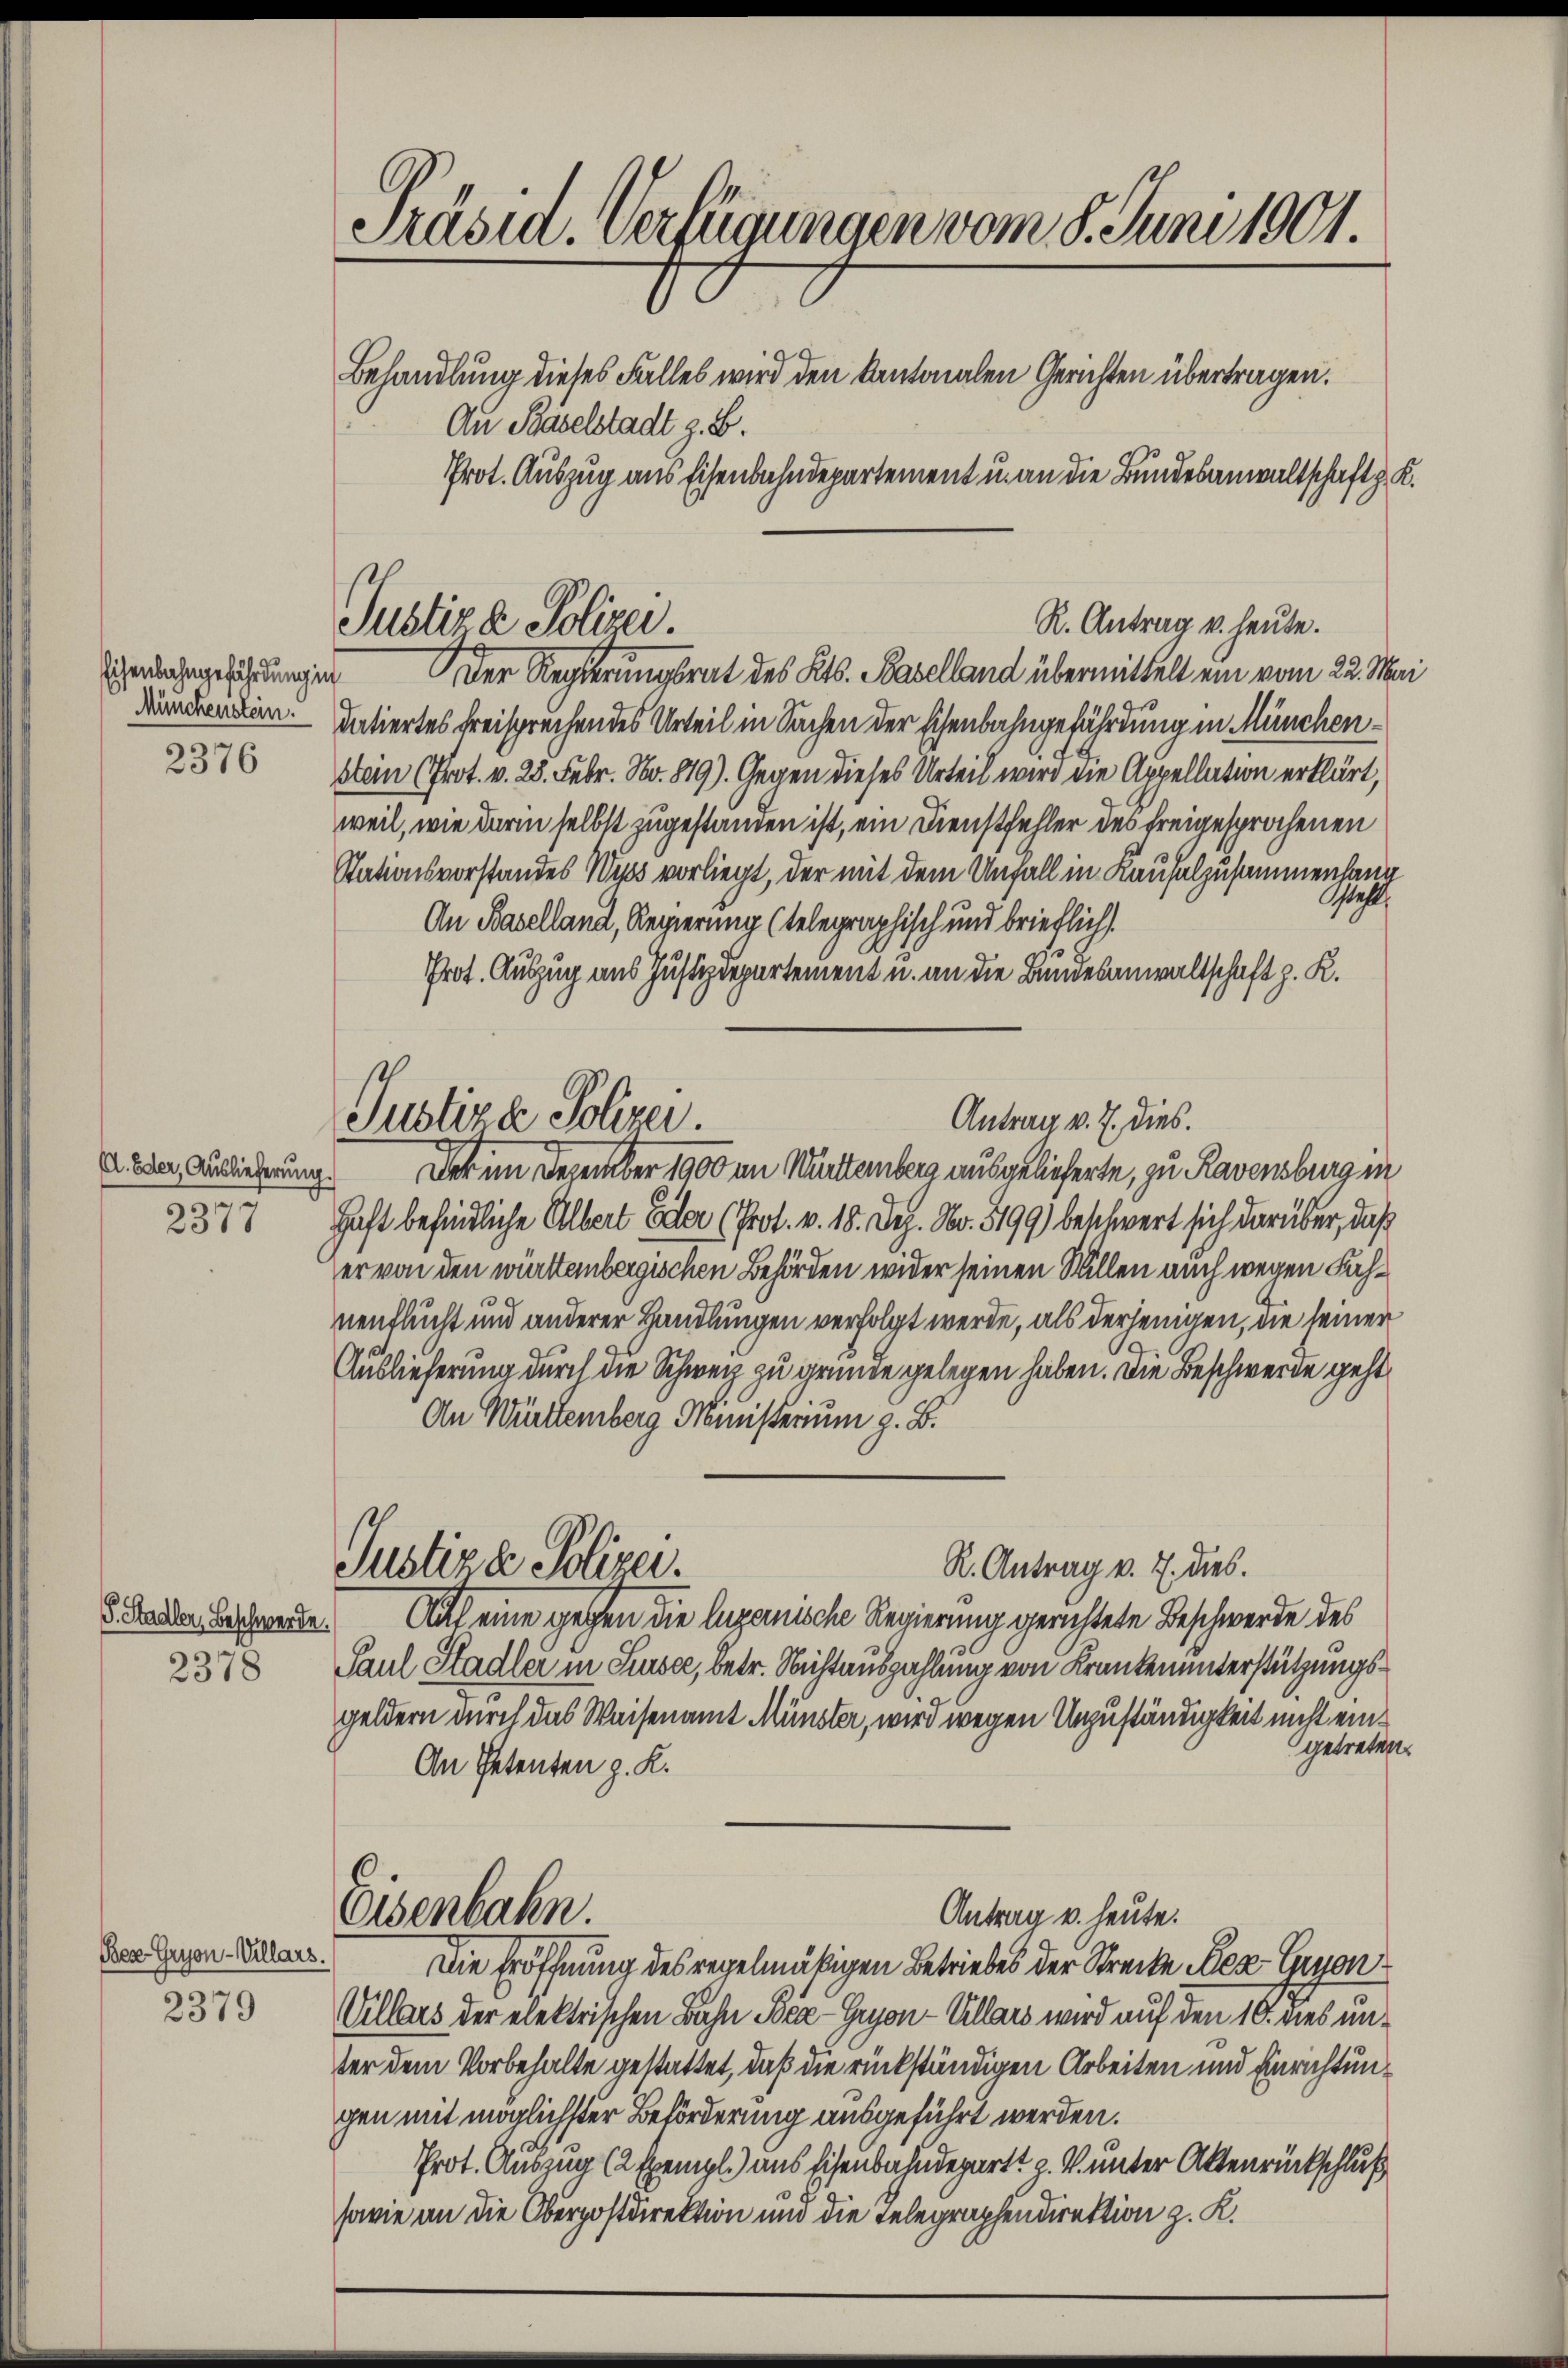
Eisenbahngefährdung in
Münchenstein.
2376

(d. Oder, Auslieferung.
237

P. Stadler, Beschwerde.
2378

Bese Gryon-Villars.

2379

Präsid. Verfügungen vom 8. Juni 1901.
Behandlung dieses Falles wird den kantonalen Gerichten übertragen.
An Baselstadt z. B.
Prot. Auszug aus Eisenbahndepartement u. an die Bundesanwaltschaft z. K.

Justiz & Polizei.

Der Regierungsrat des Kts. Baselland übermittelt ein vom 22. Mai
datiertes freisprechendes Urteil in Sachen der Eisenbahngefährdung in München¬
Stein (Prot. v. 28. Febr. No. 879). Gegen dieses Urteil wird die Appellation erklärt,
weil, wie darin selbst zugestanden ist, ein Dienstfehler des freigesprochenen
Stationsvorstandes Wyss vorliegt, der mit dem Unfall in Kaufelzusammenhang
Ostahl
An Baselland, Regierung (telegraphisch und brieflich.
Prot. Auszug aus Justizdepartement u. an die Bundesanwaltschaft z. K.
Der im Dezember 1900 an Würtemberg ausgelieferte, zu Ravensburg in
Haft befindliche Albert Eder (Prot. v. 18. Dez. No. 5199) beschwert sich darüber, daß
er von den württenbergischen Behörden wider seinen Willen auch wegen Fahnenflucht und anderer Handlungen verfolgt werde, als derjenigen, die seiner
Auslieferung durch die Schweiz zu gründe gelegen haben. Die Beschwerde geht
An Württemberg Ministerium z. B.
Justiz & Polizei.
R. Antrag v. 7. dies.
Auf eine gegen die luzernische Regierung gerichtete Beschwerde des
Paul Stadler in Sursee, betr. Nichtauszahlung von Krankenunterstützungs¬
Geldern durch das Weisenamt Münster, wird wegen Unzuständigkeit nicht eingetreten.
An Petenten z. K.
Eisenbahn
Antrag v. heute.
Die Eröffnung des regelmäßigen Betriebes der Streite des Gron
Villars der elektrischen Bahn Bea-Gryon-Ullars wird auf den 10. dies unter dem Vorbehalte gestattet, daß die rückständigen Arbeiten und Einrichtungen mit möglichster Beförderung ausgeführt werden.
Prot. Auszug (2 Exempl. aus Eisenbahndepart z. V. unter Aktenrückschluß
sowie an die Oberpostdirektion und die Telegraphendirektion z. K.

Justiza Polizer.
Antrag v. 7. dies.

R. Antrag v. heute.